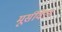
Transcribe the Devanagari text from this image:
मूर्सविल